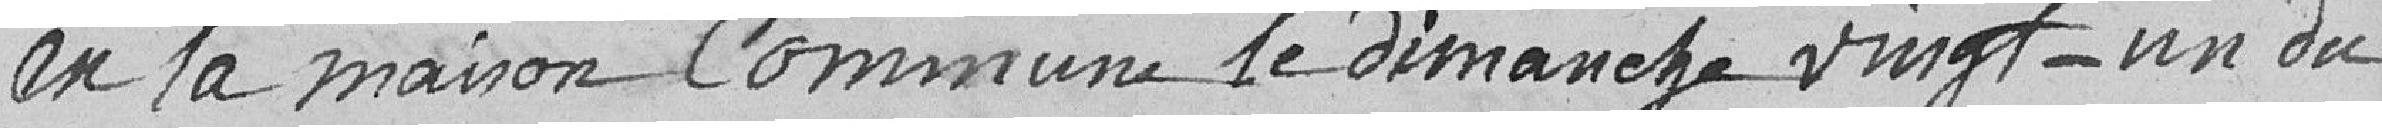
en la maison commune le dimanche vingt-un du